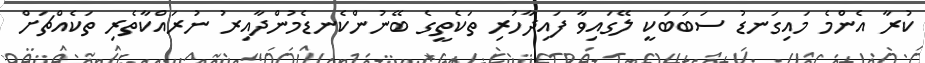
ކުރާ އެންމެ މައިގަނޑު ސަބަބަކީ ލޭގައިވާ ފައިދާހުރި ތަކެތީގެ ބޭނުންކެނޑެމުންދާއިރު ނުރައްކާތެރި ތަކެއްޗަށް